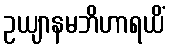
ဥယျာနမဘိဟာရယိံ